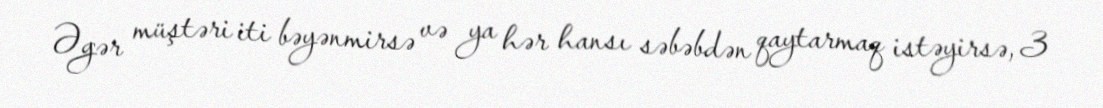
Əgər müştəri iti bəyənmirsə və ya hər hansı səbəbdən qaytarmaq istəyirsə, 3